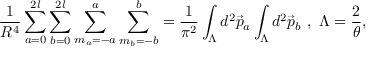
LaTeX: \frac { 1 } { R ^ { 4 } } \sum _ { a = 0 } ^ { 2 l } \sum _ { b = 0 } ^ { 2 l } \sum _ { m _ { a } = - a } ^ { a } \sum _ { m _ { b } = - b } ^ { b } = \frac { 1 } { { \pi } ^ { 2 } } \int _ { \Lambda } d ^ { 2 } \vec { p } _ { a } \int _ { \Lambda } d ^ { 2 } \vec { p } _ { b } ~ , ~ { \Lambda } = \frac { 2 } { \theta } ,